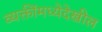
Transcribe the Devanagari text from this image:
व्यक्तींमध्येदेखील